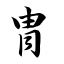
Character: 胄